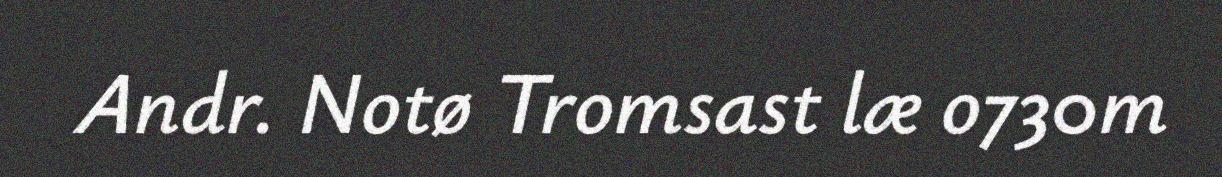
Andr. Notø Tromsast læ o730m